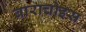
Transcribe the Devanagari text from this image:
बाराचोइस